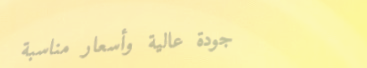
جودة عالية وأسعار مناسبة